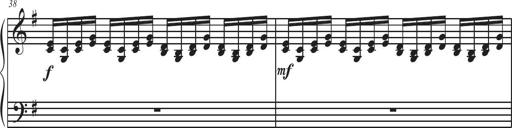
Title: Sonatina Espania
Composer: Jerald Franklin Archer
Key: Various